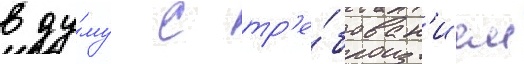
в ду́му с тр'е́бован'ием